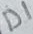
Text: D1